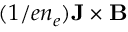
( 1 / e n _ { e } ) { \bf { J \times B } }